Civil Veterinary Department Bihar reports 1940-50 - 1940-1950
Year: 1940
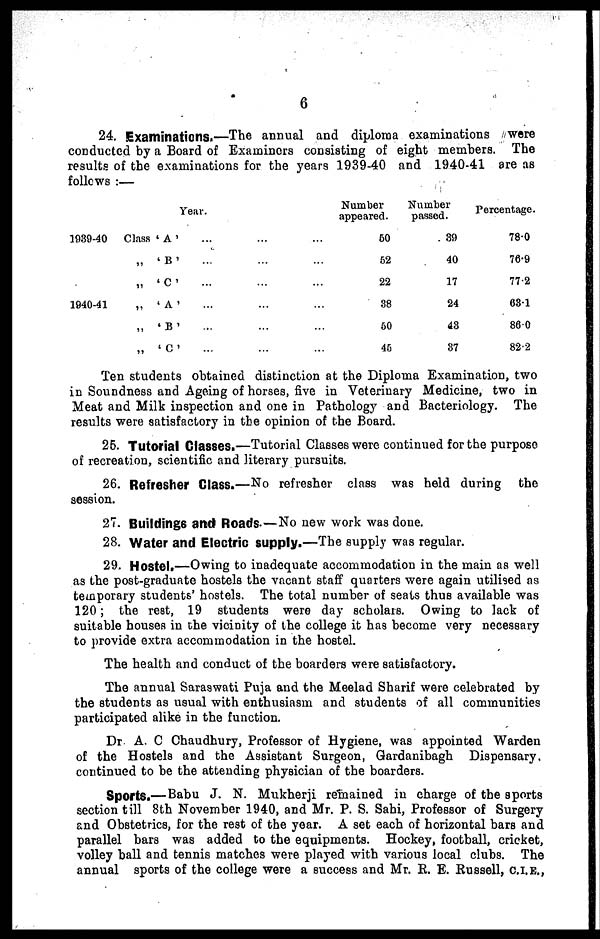
6
24. Examinations.—The annual and diploma examinations were
conducted by a Board of Examiners consisting of eight members. The
results of the examinations for the years 1939-40 and 1940-41 are as
follows :—
Year.
1939-40
Class ' A '
„
' B '
„ ' C '
1940-41
„
' A '
„ ' B '
„ ' C '
… … …
… … …
… … …
… … …
... … …
… … …
Number
appeared.
50
52
22
38
50
45
Number
passed.
39
40
17
24
43
37
Percentage.
78.0
76.9
77.2
631
860
82.2
Ten students obtained distinction at the Diploma Examination, two
in Soundness and Ageing of horses, five in Veterinary Medicine, two in
Meat and Milk inspection and one in Pathology and Bacteriology. The
results were satisfactory in the opinion of the Board.
25. Tutorial Classes.—Tutorial Classes were continued for the purpose
of recreation, scientific and literary pursuits.
26. Refresher Class.—No refresher class was held during the
session.
27. Buildings and Roads.—No new work was done.
28. Water and Electric supply.—The supply was regular.
29. Hostel.—Owing to inadequate accommodation in the main as well
as the post-graduate hostels the vacant staff quarters were again utilised as
temporary students' hostels. The total number of seats thus available was
120; the rest, 19 students were day scholars. Owing to lack of
suitable houses in the vicinity of the college it has become very necessary
to provide extra accommodation in the hostel.
The health and conduct of the boarders were satisfactory.
The annual Saraswati Puja and the Meelad Sharif were celebrated by
the students as usual with enthusiasm and students of all communities
participated alike in the function.
Dr. A. C Chaudhury, Professor of Hygiene, was appointed Warden
of the Hostels and the Assistant Surgeon, Gardanibagh Dispensary,
continued to be the attending physician of the boarders.
Sports.—Babu J. N. Mukherji remained in charge of the sports
section till 8th November 1940, and Mr. P. S. Sahi, Professor of Surgery
and Obstetrics, for the rest of the year. A set each of horizontal bars and
parallel bars was added to the equipments. Hockey, football, cricket,
volley ball and tennis matches were played with various local clubs. The
annual sports of the college were a success and Mr. E. E. Russell, C.I.E.,